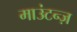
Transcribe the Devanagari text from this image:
माउंटन्ज़